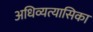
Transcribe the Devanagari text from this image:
अधिव्यत्यासिका